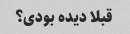
قبلا دیده بودی؟